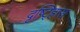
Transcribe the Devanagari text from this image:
दृष्ट्ह्रािस